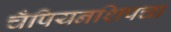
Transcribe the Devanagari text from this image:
चँपियनशिपचा